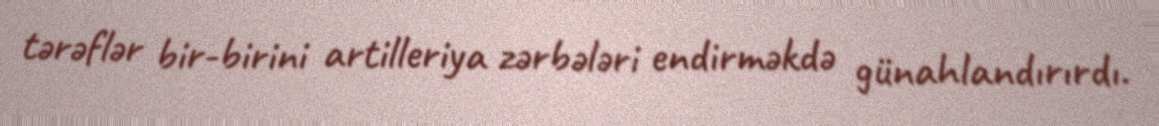
tərəflər bir-birini artilleriya zərbələri endirməkdə günahlandırırdı.